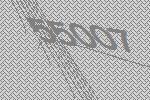
55007